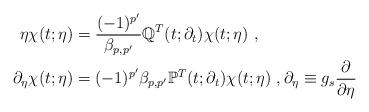
LaTeX: \begin{align*}\eta\chi(t;\eta)&=\frac{(-1)^{p'}}{\beta_{p,p'}}\mathbb{Q}^T(t;\partial_t)\chi(t;\eta)\ ,\\\partial_\eta \chi(t;\eta)&=(-1)^{p'}\beta_{p,p'}\mathbb{P}^T(t;\partial_t)\chi(t;\eta)\ ,\partial_\eta\equiv g_s\frac{\partial}{\partial \eta}\end{align*}